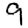
Digit: 9